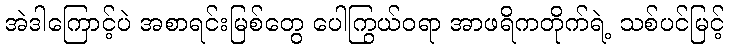
အဲဒါကြောင့်ပဲ အစာရင်းမြစ်တွေ ပေါကြွယ်ဝရာ အာဖရိကတိုက်ရဲ့ သစ်ပင်မြင့်